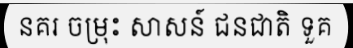
នគរ ចម្រុះ សាសន៍ ជនជាតិ ទួគ